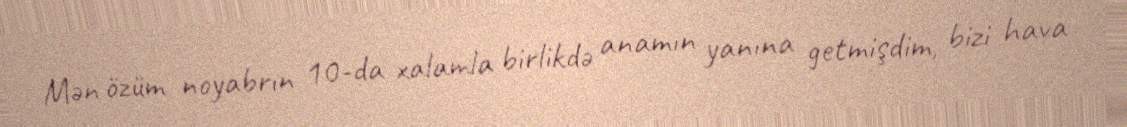
Mən özüm noyabrın 10-da xalamla birlikdə anamın yanına getmişdim, bizi hava